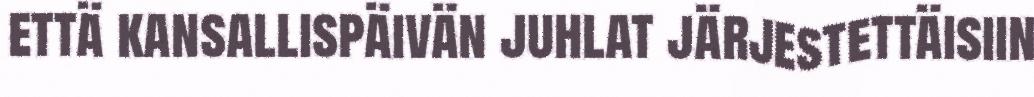
että kansallispäivän juhlat järjestettäisiin